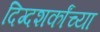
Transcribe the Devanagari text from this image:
दिग्दशर्कांच्या